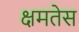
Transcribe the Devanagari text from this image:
क्षमतेस